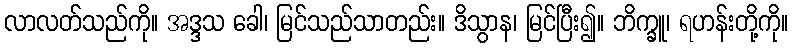
လာလတ်သည်ကို။ အဒ္ဒသ ခေါ၊ မြင်သည်သာတည်း။ ဒိသွာန၊ မြင်ပြီး၍။ ဘိက္ခူ၊ ရဟန်းတို့ကို။